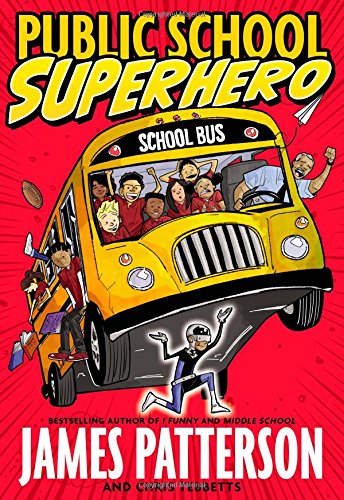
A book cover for Public School Superhero; James Patterson; Children's Books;